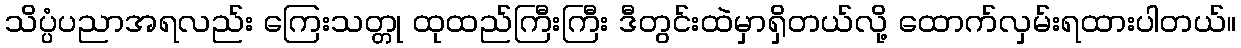
သိပ္ပံပညာအရလည်း ကြေးသတ္တု ထုထည်ကြီးကြီး ဒီတွင်းထဲမှာရှိတယ်လို့ ထောက်လှမ်းရထားပါတယ်။